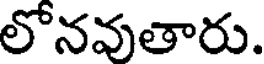
లోనవుతారు.